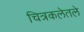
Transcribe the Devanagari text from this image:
चित्रकलेतले